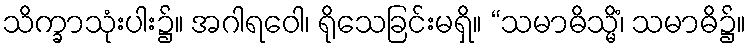
သိက္ခာသုံးပါး၌။ အဂါရဝေါ၊ ရိုသေခြင်းမရှိ။ “သမာဓိသ္မိံ၊ သမာဓိ၌။